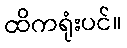
ထိကရုံးပင်။